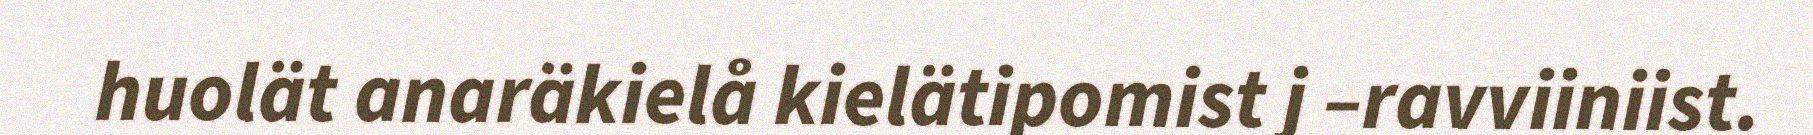
huolät anaräkielå kielätipomist j –ravviiniist.